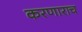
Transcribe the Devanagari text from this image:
करणाराच